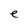
Character: e